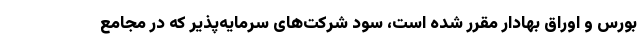
بورس و اوراق بهادار مقرر شده است، سود شرکت‌های سرمایه‌پذیر که در مجامع